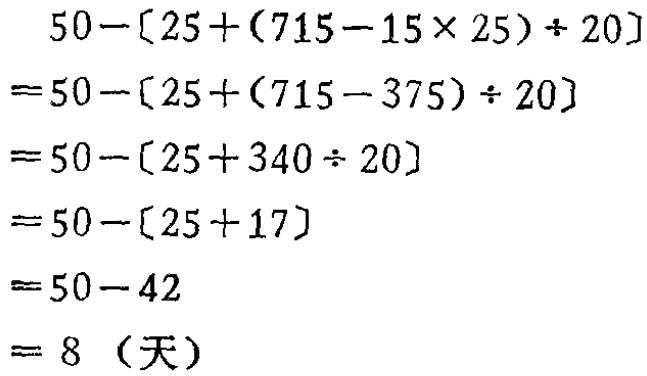
\[
\begin{align*}
&50 - [25+(715 - 15\times25)\div20]\\
=&50 - [25+(715 - 375)\div20]\\
=&50 - [25 + 340\div20]\\
=&50 - [25 + 17]\\
=&50 - 42\\
=&8 \text{（天）}
\end{align*}
\]